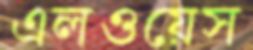
এলওয়েস